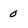
Character: 0